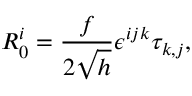
R _ { 0 } ^ { i } = \frac { f } { 2 \sqrt { h } } \epsilon ^ { i j k } \tau _ { k , j } ,